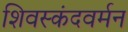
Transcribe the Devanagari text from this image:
शिवस्कंदवर्मन